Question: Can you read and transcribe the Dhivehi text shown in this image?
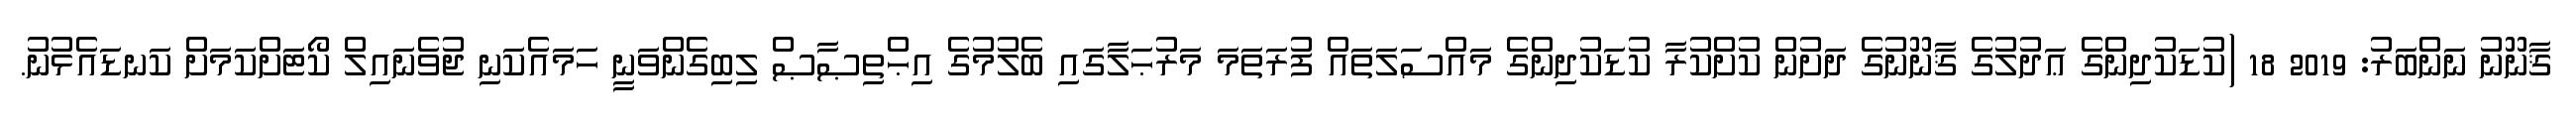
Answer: ޤާނޫނު ނަންބަރު: 2019 18 (ކުޑަކުދިންގެ ޢަދުލުގެ ޤާނޫނުގެ ދަށުން ކުށްކުރާ ކުޑަކުދިންގެ މައްސަލަތައް ފުރަތަމަ މަރުޙަލާގައި ބެލުމުގެ އިޙްތިޞާޞް ލިބިގެންވަނީ ހަމައެކަނި ޖުވެނައިލް ކޯޓަށްކަމަށް ކަނޑައެޅުނު.